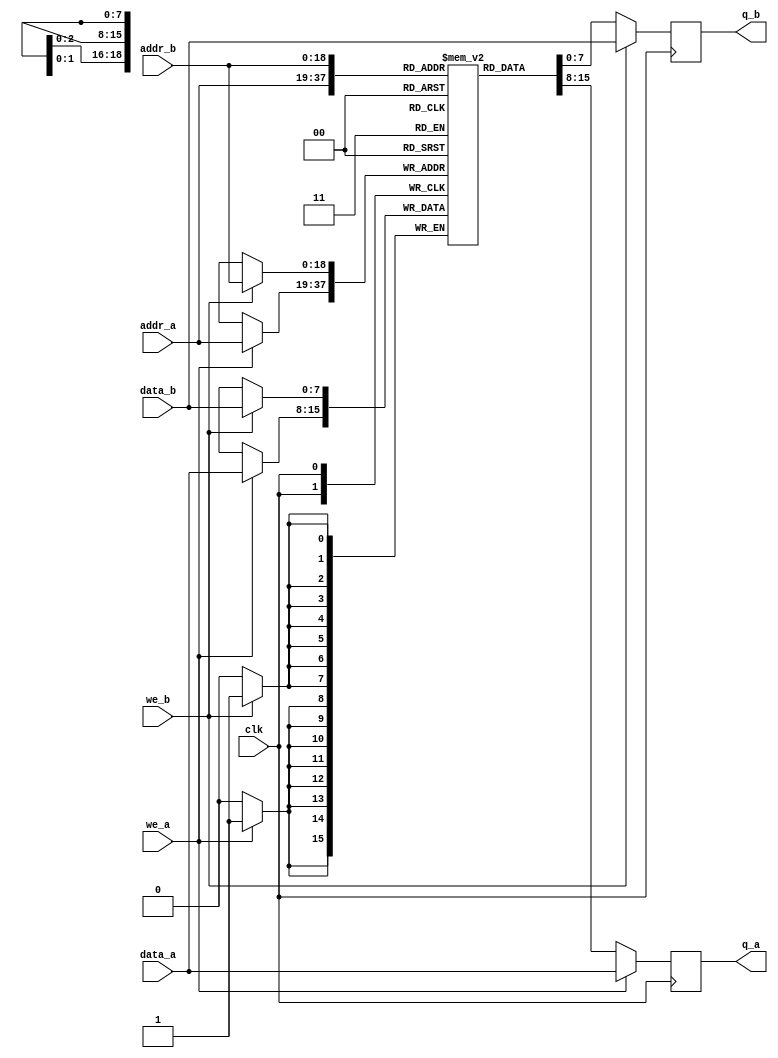
//module img_in_ram			// 15 bit address 25800 bytes (160 x 160 image max)(25600 bytes)
//(
//	input [7:0] data,
//	input [14:0] addr,
//	input we, clk,
//	output [7:0] q
//);
//
//	// Declare the RAM variable
//	reg [7:0] ram[25799:0];//'{default:'0};
//
//	// Variable to hold the registered read address
//	reg [14:0] addr_reg;
//	
//	// Specify the initial contents.  You can also use the $readmemb
//	// system task to initialize the RAM variable from a text file.
//	// See the $readmemb template page for details.
//	
//	// ***************** could not initiate max iterations was reached
//	
//	/*initial 
//	begin : INIT
//		integer i;
//		for(i = 0; i < 25800; i = i + 1)
//			ram[i] = {8{1'b1}};
//	end */
//
//	always @ (posedge clk)				// CHANGE TO NEGEDGE FROM POS EDGE IF NOT ENOUGH TIME
//	begin
//		// Write
//		if (we)
//			ram[addr] <= data;
//
//		addr_reg <= addr;
//	end
//
//	// Continuous assignment implies read returns NEW data.
//	// This is the natural behavior of the TriMatrix memory
//	// blocks in Single Port mode.  
//	assign q = ram[addr_reg];
//
//endmodule

module img_in_ram//_single_clock
//#(parameter DATA_WIDTH=8, parameter ADDR_WIDTH=8)
(
	input [7:0] data_a, data_b,
	input [18:0] addr_a, addr_b,
	input we_a, we_b, clk,
	output reg [7:0] q_a, q_b
);

	// Declare the RAM variable
	reg [7:0] ram[263168:0]; // 25800 160x160  32768 262144 263168

	// Port A 
	always @ (posedge clk)
	begin
		if (we_a) 
		begin
			ram[addr_a] <= data_a;
			q_a <= data_a;
			//q_a <= ram[addr_a];
		end
		else 
		begin
			q_a <= ram[addr_a];
		end 
	end 

	// Port B 
	always @ (posedge clk)
	begin
		if (we_b) 
		begin
			ram[addr_b] <= data_b;
			q_b <= data_b;
		end
		else 
		begin
			q_b <= ram[addr_b];
		end 
	end

endmodule